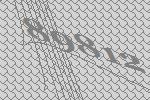
89812